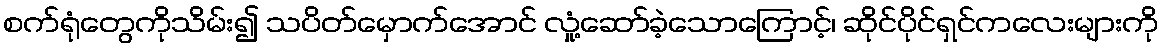
စက်ရုံတွေကိုသိမ်း၍ သပိတ်မှောက်အောင် လှုံ့ဆော်ခဲ့သောကြောင့်၊ ဆိုင်ပိုင်ရှင်ကလေးများကို